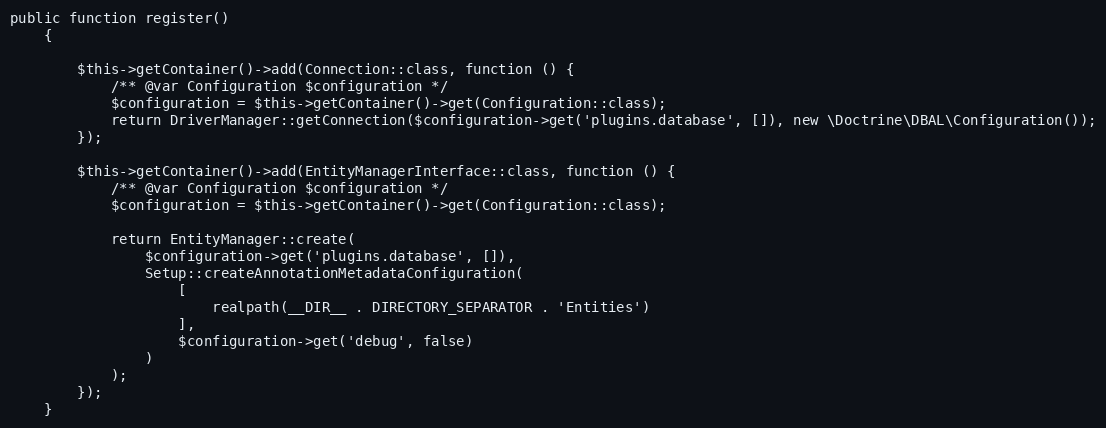
Language: PHP
public function register()
    {

        $this->getContainer()->add(Connection::class, function () {
            /** @var Configuration $configuration */
            $configuration = $this->getContainer()->get(Configuration::class);
            return DriverManager::getConnection($configuration->get('plugins.database', []), new \Doctrine\DBAL\Configuration());
        });

        $this->getContainer()->add(EntityManagerInterface::class, function () {
            /** @var Configuration $configuration */
            $configuration = $this->getContainer()->get(Configuration::class);

            return EntityManager::create(
                $configuration->get('plugins.database', []),
                Setup::createAnnotationMetadataConfiguration(
                    [
                        realpath(__DIR__ . DIRECTORY_SEPARATOR . 'Entities')
                    ],
                    $configuration->get('debug', false)
                )
            );
        });
    }